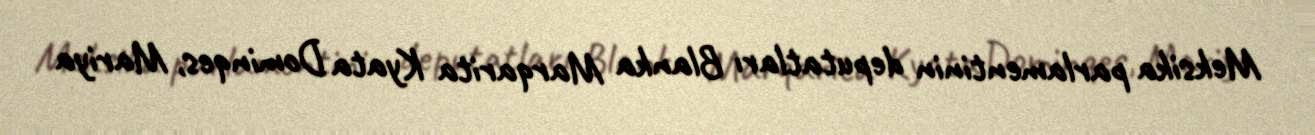
Meksika parlamentinin deputatları Blanka Marqarita Kyata Dominqes, Mariya